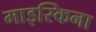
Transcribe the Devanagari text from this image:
माइस्किना